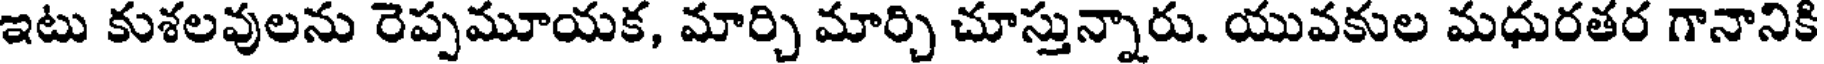
ఇటు కుశలవులను రెప్పమూయక, మార్చి మార్చి చూస్తున్నారు. యువకుల మధురతర గానానికి